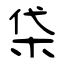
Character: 柋